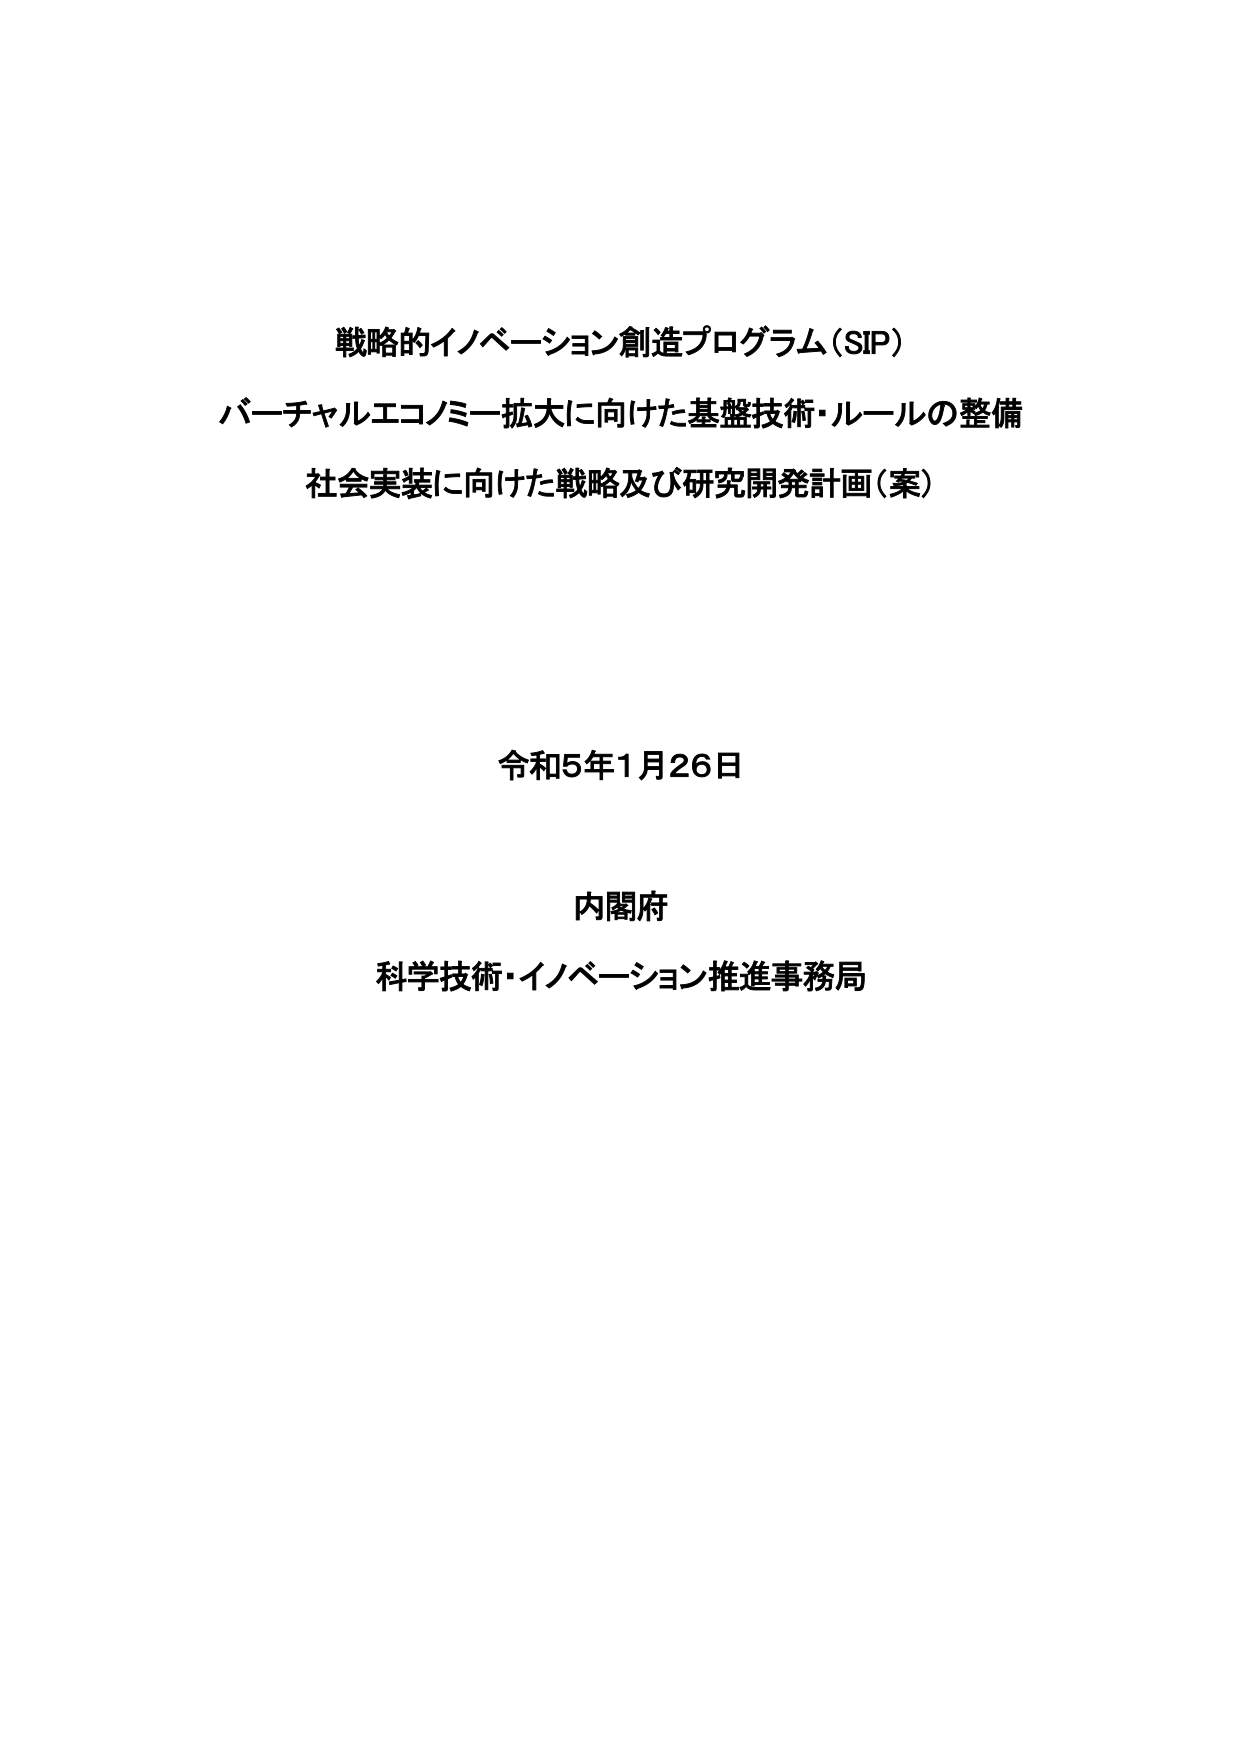
戦略的イノベーション創造プログラム（SIP）
バーチャルエコノミー拡大に向けた基盤技術・ルールの整備
社会実装に向けた戦略及び研究開発計画（案）

令和5年1月26日

内閣府
科学技術・イノベーション推進事務局